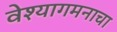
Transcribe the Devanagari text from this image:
वेश्यागमनाचा